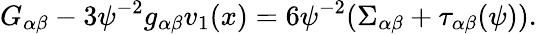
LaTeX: G_{\alpha\beta}-3\psi^{-2}g_{\alpha\beta}v_{1}(x)=6\psi^{-2}(\Sigma_{\alpha\beta}+\tau_{\alpha\beta}(\psi)).